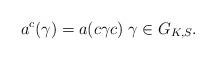
LaTeX: \begin{align*}a^c(\gamma) = a(c\gamma c)\; \gamma \in G_{K,S}. \end{align*}